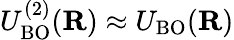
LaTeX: U_{\mathrm{BO}}^{(2)}({\mathbf R})\approx U_{\mathrm{BO}}({\mathbf R})